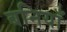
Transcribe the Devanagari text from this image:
बनियाँ